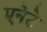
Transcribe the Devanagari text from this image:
एनेटे